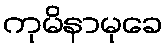
ကုမိနာမုခေ